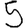
Digit: 5